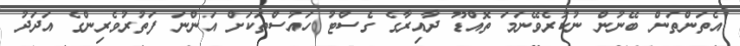
އެތަންތަން ބޭނުން ނުކުރެވޭނަމަ ތޮއްޑޫ ދާއިރާގެ ގެސްޓު ހައުސްތަކަށް އަންނަ ފަތުރުވެރިންގެ އަދަދު